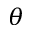
\theta